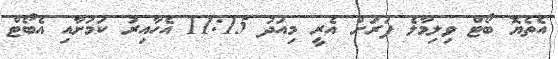
އެތެޔޮ ބޯޓް ވިލިމާލެ ފަރަށް އެރީ މިއަދު 11:15 އެހާއިރު ކަމަށާއި އެބޯޓް